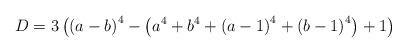
LaTeX: \begin{align*}D=3\left(\left(a-b\right)^{4}-\left(a^{4}+b^{4}+\left(a-1\right)^{4}+\left(b-1\right)^{4}\right)+1\right)\end{align*}